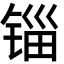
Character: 锱